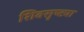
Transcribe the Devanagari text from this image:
शिवसृष्ट्या